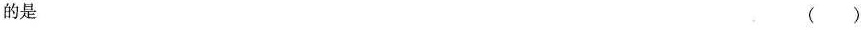
的是 （ ）